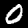
Label: 0